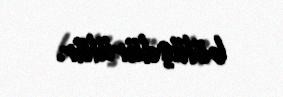
bölüşdürülür.